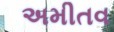
અમીતવ